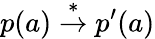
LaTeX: p(a)\stackrel{*}{\rightarrow}p^{\prime}(a)